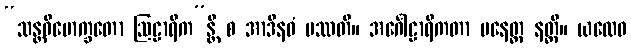
“သန္တဝိမောက္ခတော ဩဠာရိက”န္တိ စ အာဒီနဝံ ပဿတိ။ အင်္ဂေါဠာရိကတာ ပနေတ္ထ နတ္ထိ။ ယထေဝ